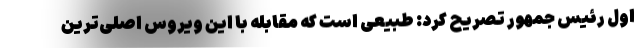
اول رئیس جمهور تصریح کرد: طبیعی است که مقابله با این ویروس اصلی‌ترین